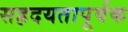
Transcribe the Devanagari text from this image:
सह्रदयतापूर्वक